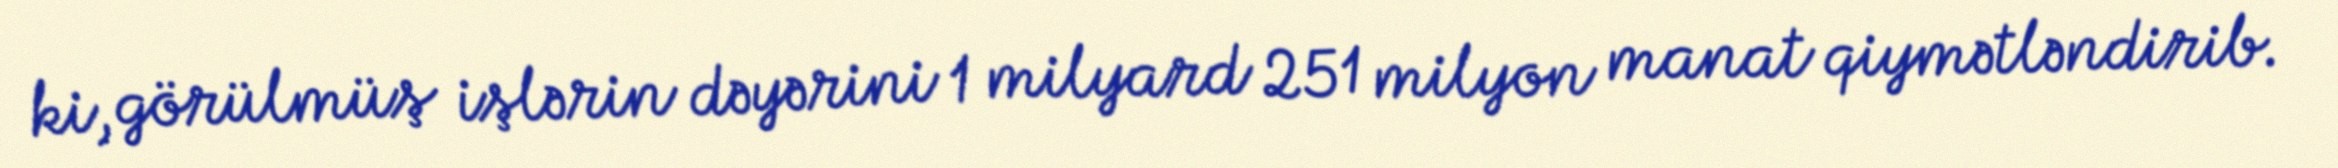
ki, görülmüş işlərin dəyərini 1 milyard 251 milyon manat qiymətləndirib.